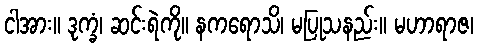
ငါအား။ ဒုက္ခံ၊ ဆင်းရဲကို။ နကရောသိ၊ မပြုသနည်း။ မဟာရာဇ၊